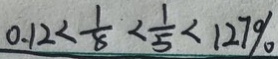
0 . 1 2 < \frac { 1 } { 8 } < \frac { 1 } { 5 } < 1 2 7 \%